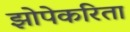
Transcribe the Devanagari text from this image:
झोपेकरिता